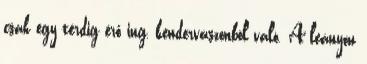
csak egy térdig érő ing, kendervászonból való. A leányon